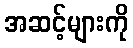
အဆင့်များကို